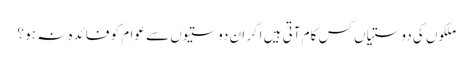
ملکوں کی دوستیاں کس کام آتی ہیں اگر ان دوستیوں سے عوام کو فائدہ نہ ہو ؟